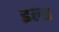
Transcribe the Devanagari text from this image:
इल्ड